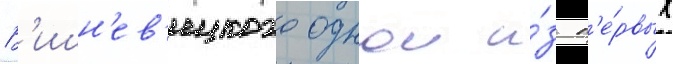
В'ишн'ев'ецкого однои и́з п'е́рвых